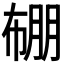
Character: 𭘯